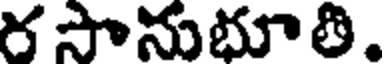
ర సానుభూతి.